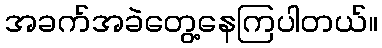
အခက်အခဲတွေ့နေကြပါတယ်။